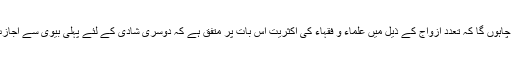
یہاں صرف ایک وضاحت کرنا چاہوں گا کہ تعددِ ازواج کے ذیل میں علماء و فقہاء کی اکثریت اس بات پر متفق ہے کہ دوسری شادی کے لئے پہلی بیوی سے اجازت کی ضرورت ہرگز نہیں ہے۔